Lunatic asylums Punjab 1868-1880 - 1868-1880
Year: 1868
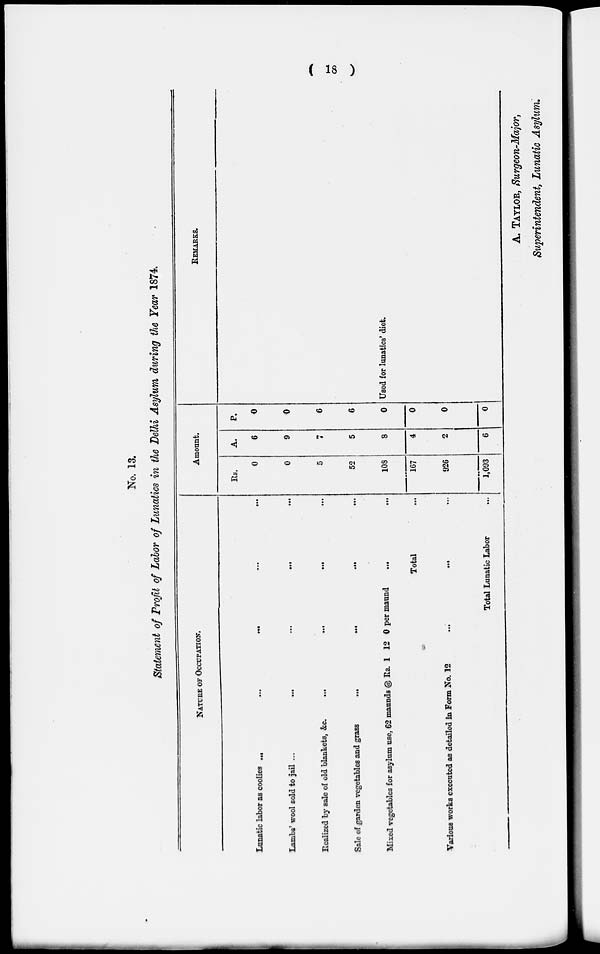
( 18 )
No. 13.
Statement of Profit of Labor of Lunatics in the Delhi Asylum during the Tear 1874.
NATURE OF OCCUPATION.
Lunatic labor as coolies
...
... ... ... ...
Lambs' wool sold to jail ... ... ... ...
Realized by sale of old blankets, &c.
...
...
...
...
Sale of garden vegetables and grass
... ... ... ...
Mixed vegetables for asylum use, 62 maunds @ Rs. 1 12 0 per maund
...
...
Total
Various works executed as detailed in Form No. 12
...
...
...
Total Lunatic Labor ...
Amount.
Rs.
0
0
5
52
108
167
926
1,093
A.
6
9
7
5
8
4
2
6
P.
0
0
6
6
0
0
0
0
REMARKS.
Used for lunatics' diet.
A. TAYLOR, Surgeon-Major,
Superintendent, Lunatic Asylum.